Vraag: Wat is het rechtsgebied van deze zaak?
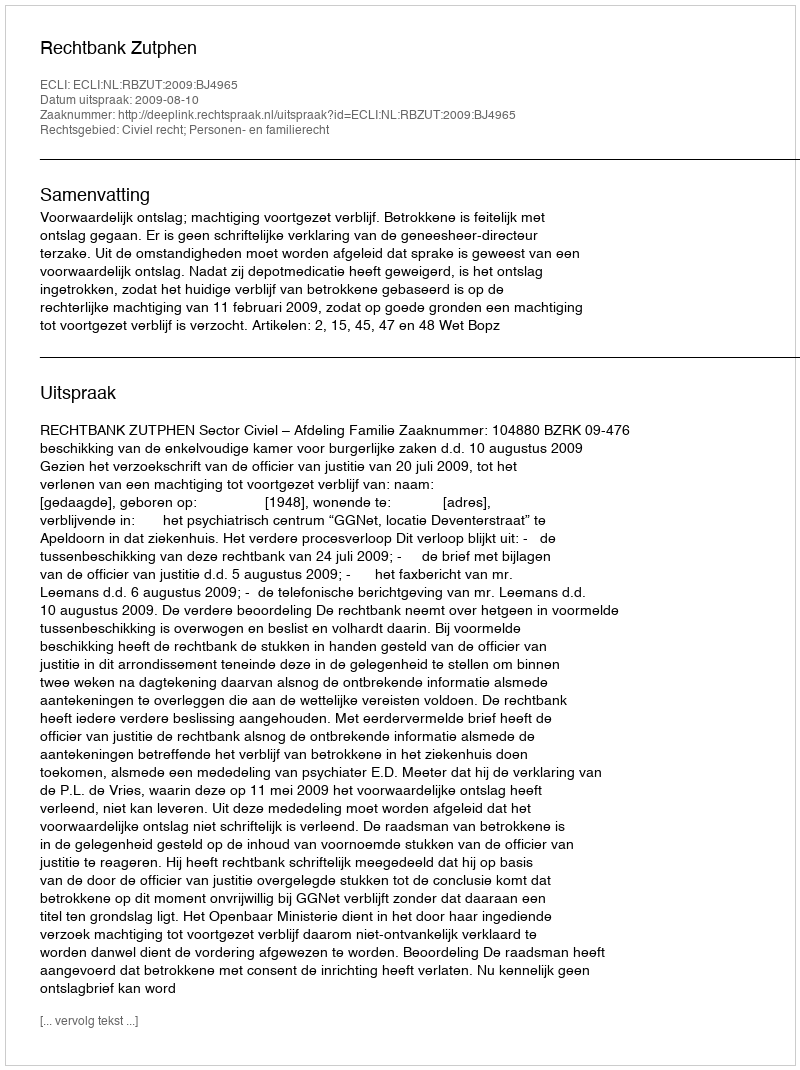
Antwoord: Civiel recht; Personen- en familierecht